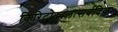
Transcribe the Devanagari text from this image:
किरिटोज्ज्वलत्सर्वदिक्‌